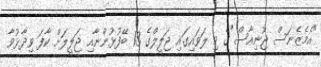
"އެމެޒެނަސް ޖޫނިއާސް"ގެ މި ލަވައިގައި ޖަލީލްގެ 13 ބޭފުޅުންނާއި ޖަލީލަށް ކާފަ ވިދާޅުވާ